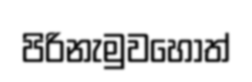
පිරිනැමුවහොත්